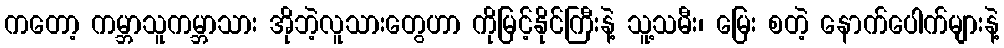
ကတော့ ကမ္ဘာသူကမ္ဘာသား အိုဘဲ့လူသားတွေဟာ ကိုမြင့်နိုင်ကြီးနဲ့ သူ့သမီး၊ မြေး စတဲ့ နောက်ပေါက်များနဲ့